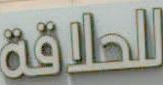
للحلاقة